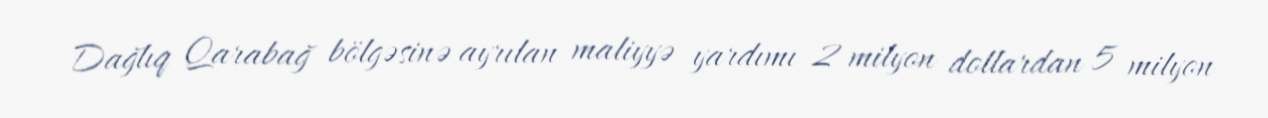
Dağlıq Qarabağ bölgəsinə ayrılan maliyyə yardımı 2 milyon dollardan 5 milyon